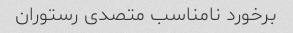
برخورد نامناسب متصدی رستوران